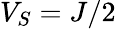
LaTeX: V_{S}=J/2